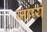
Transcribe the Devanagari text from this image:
जाप्यं